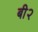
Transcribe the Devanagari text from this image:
बी२